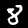
Digit: 8